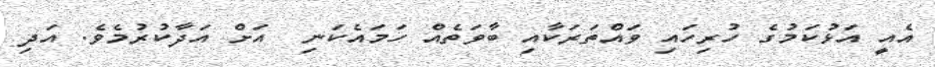
އެއީ އަޅުކަމުގެ ހުރިހައި ވައްތަރަކާއި ބާވަތެއް ހަމައެކަނި  އަށް އަދާކުރުމެވެ. އަދި